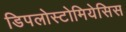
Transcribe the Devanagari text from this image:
डिपलोस्टोमियेसिस